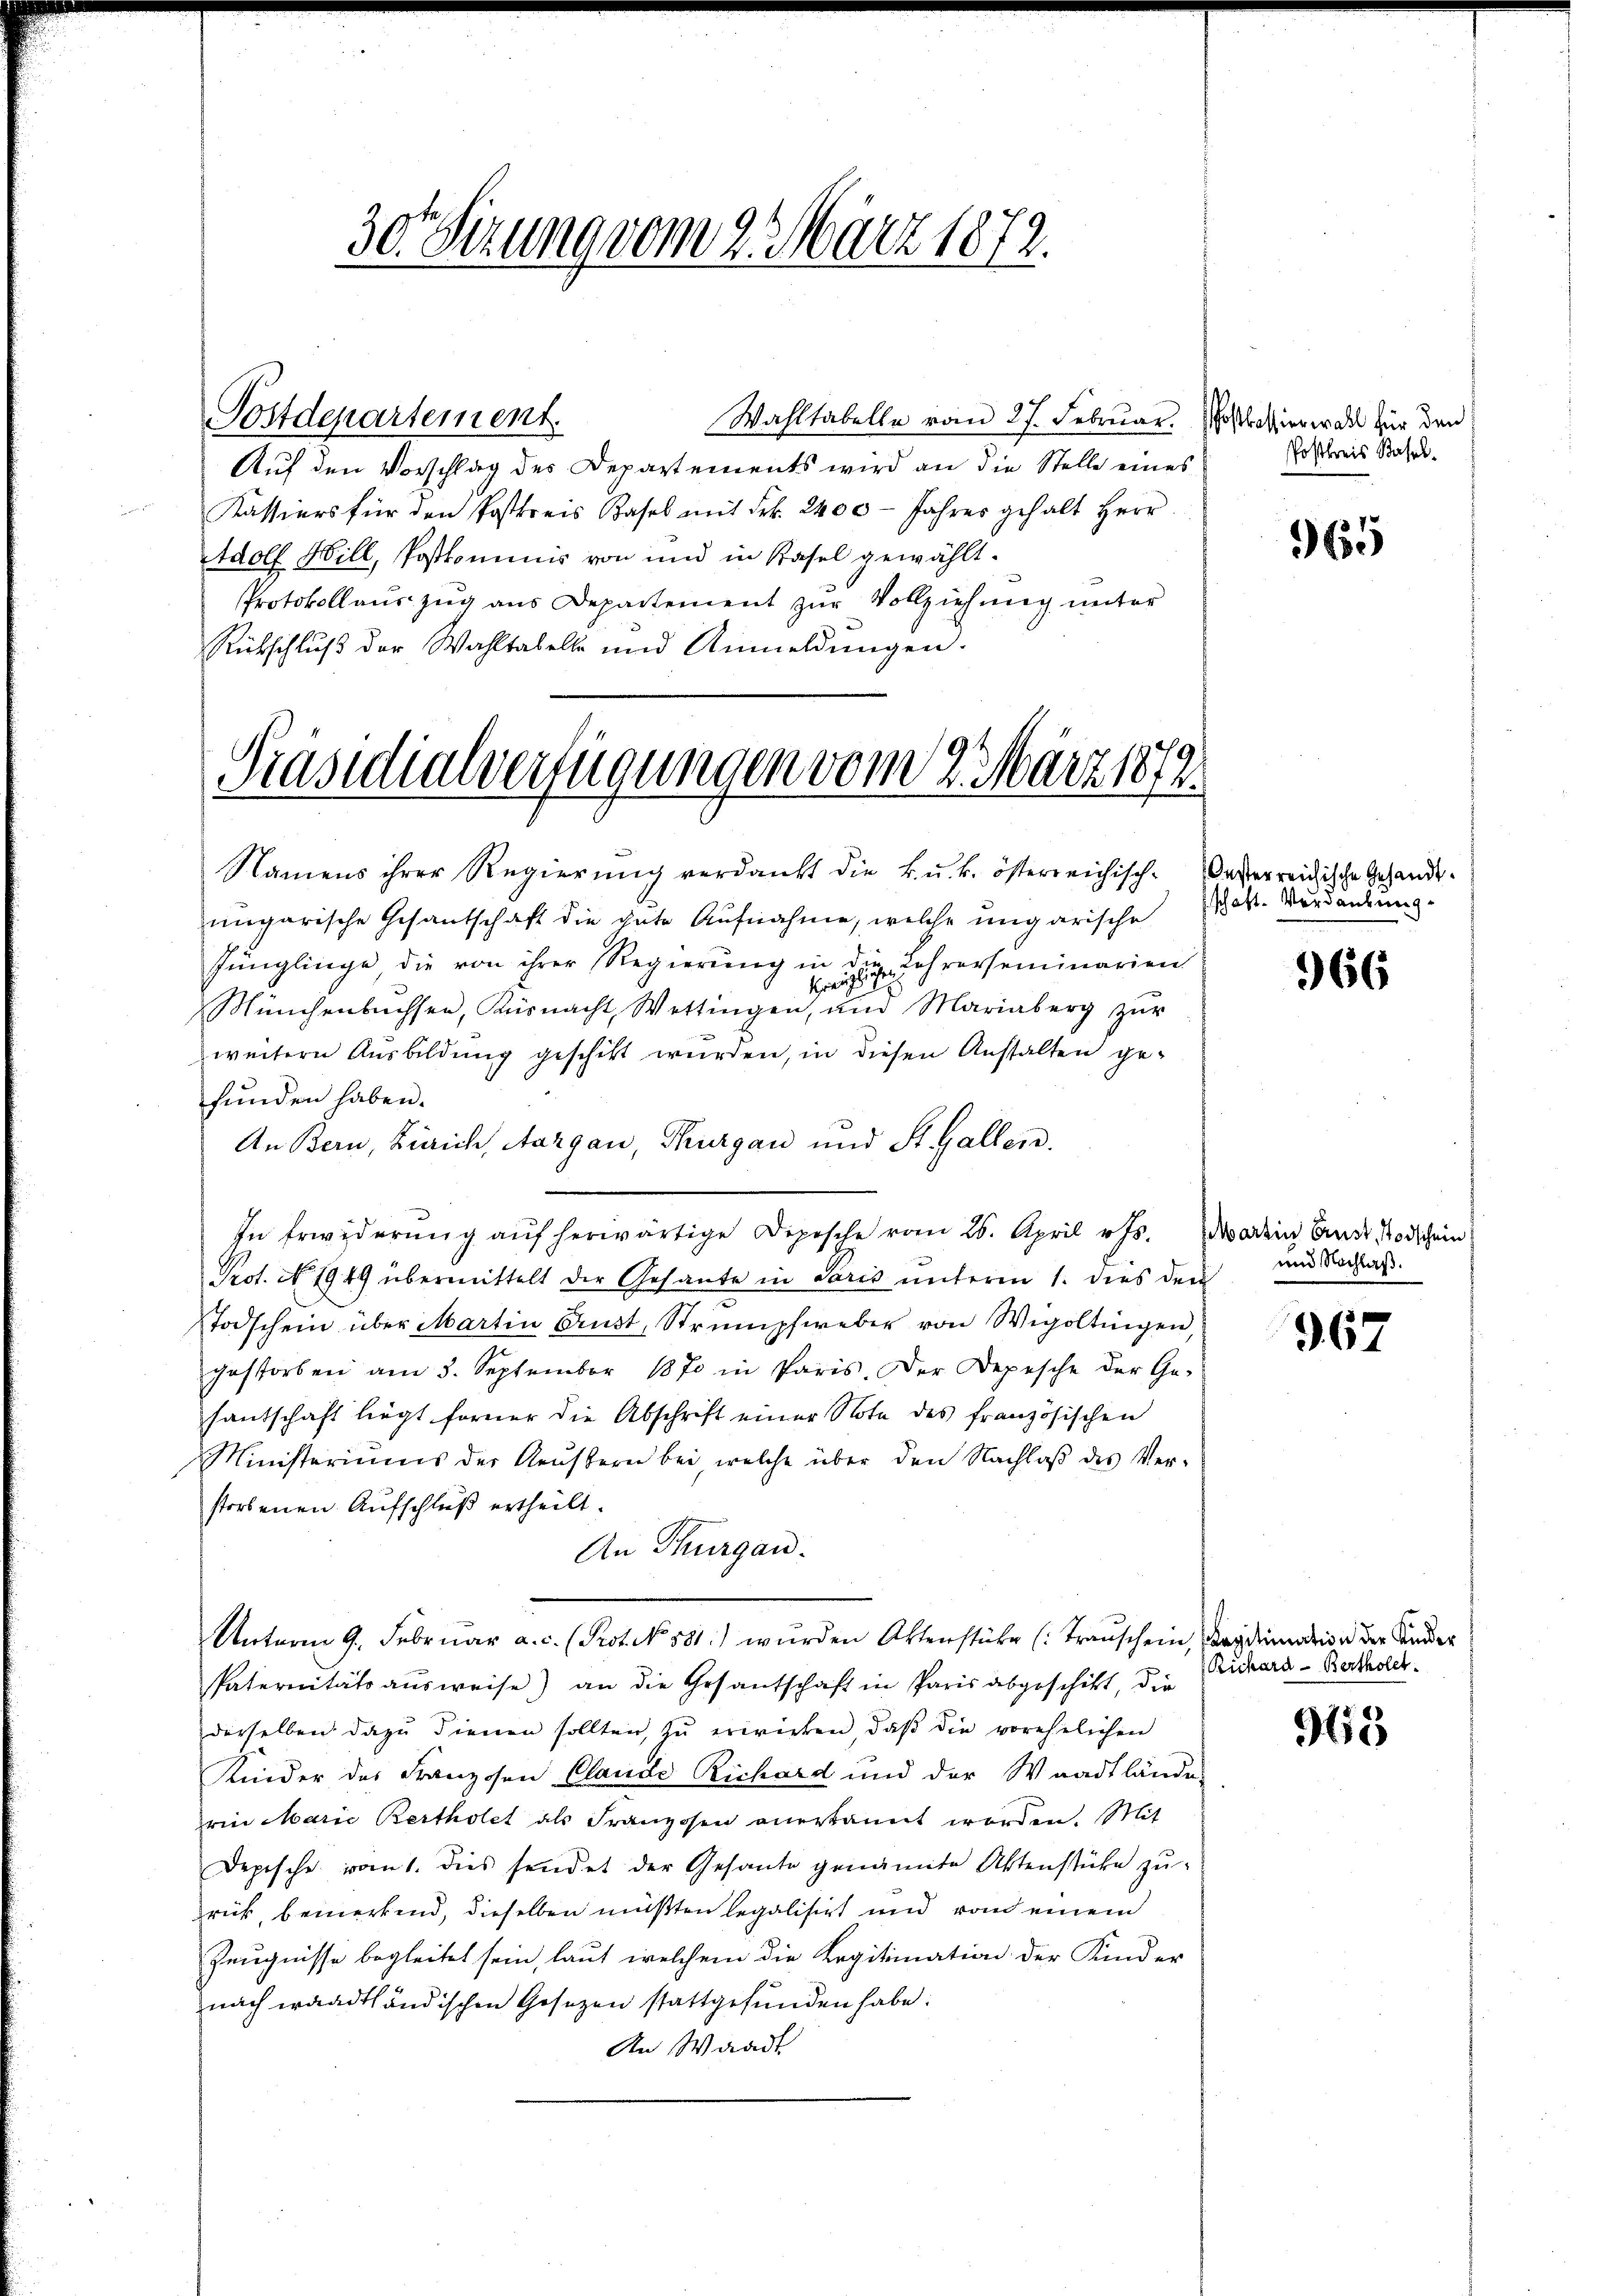
Wahltabelle vom 27. Februar. Postkassierwahl für den
Auf den Vorschlag des Departements wird an die Stelle eines
Kassiers für den Postkreis Basel mit Frk. 2400 - Jahres gehalt Herr
Adolf Will, Postkommnis von und in Basel gewählt.
Protokollauszug aus Departement zur Vollziehung unter
Rückschluß der Wahltabelle und Anmeldŭngen.

Präsidialverfügungen vom 2. März 1872

30. Sitzung vom 2. März 1872.

Postdepartement.

Namens ihrer Regierung verdankt die k. u. k. österreichisch-Oesterreichische Gesandtungarische Gesantschaft die gute Aufnahme, welche ungarische
Jünglinge die von ihrer Regierŭng in die Lehrerseminarien
kreuzt
Münchenbachsen, Küsnacht, Wettingen, und Mariaberg zŭr
weitern Ausbildung geschikt wurden, in diesen Anstalten gefunden haben.
An Bern, Zürich, Aargau, Thurgau und St. Gallen.
In Erwiderŭng aŭf herwärtige Dipische vom 26. April Js. darein Ende Todschein
Prot. No. 1949 übermittelt der Gesante in Paris ŭnterm 1. dies den
Todschein über Martin Aust, Strumpfweber von Wigoltingen,
gestorben am 3. September 1870 in Paris. Der Depesche der Ge-
santschaft liegt ferner die Abschrift einer Note des französischen
Ministeriums der Aeustern bei, welche über den Nachlaß des Verstorbenen Aufschluß ertheilt.
An Thurgau.
Unterm 9. Februar a. c. (Prot. No. 581.) wurden Aktenstüke (Transchein, Candiation der Ander
Paternitätsausweise) an die Gesantschaft in Paris abgeschikt, die
derselben dazu dienen sollten, zu erwirken, daβ die vorehelichen
Kinder des Franzosen Claude Richard und der Waadtländen
rin Marie Bertholet als Franzosen anerkannt worden. Mit
Depische vom 1. dies sendet der Gesante genannte Aktenstücke zŭ
rück, bemerkend, dieselben müßten legalisirt und von einem
Zeugnisse begleitet sein, laut welchem die Legitimation der Kinder
nach waadtländischen Gesezen stattgefunden habe.
An Waadt

Postkreis Basel¬

965

schaft. Verdankung

966

und Nachlaß.

367

Ruhard-Bertholet.

95